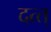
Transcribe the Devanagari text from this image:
दत्त्